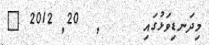
މިދަނޑިވަޅުގައި